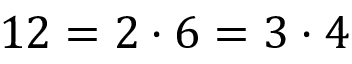
1 2 = 2 \cdot 6 = 3 \cdot 4